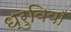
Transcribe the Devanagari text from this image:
ध्रुवियाँ